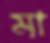
মা